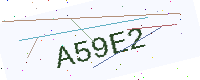
Text: A59E2